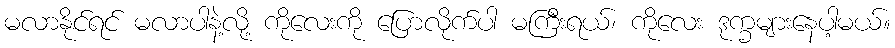
မလာနိုင်ရင် မလာပါနဲ့လို့ ကိုလေးကို ပြောလိုက်ပါ မကြီးရယ်၊ ကိုလေး ဒုက္ခများနေပါ့မယ်။